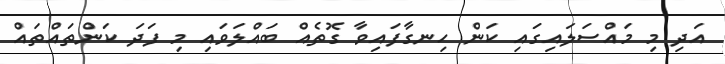
އަދި މި މައްސަލައިގައި ކަން ހިނގާފައިވާ ގޮތެއް ބައްލަވައި މި ފަދަ ކަންތައްތައް